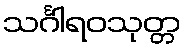
သင်္ဂါရဝသုတ္တ